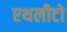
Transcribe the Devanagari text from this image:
एथलीटो